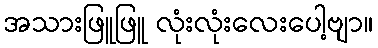
အသားဖြူဖြူ လုံးလုံးလေးပေါ့ဗျာ။